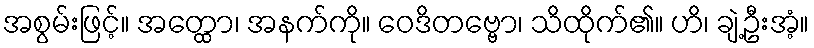
အစွမ်းဖြင့်။ အတ္ထော၊ အနက်ကို။ ဝေဒိတဗ္ဗော၊ သိထိုက်၏။ ဟိ၊ ချဲ့ဦးအံ့။